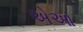
એઆ